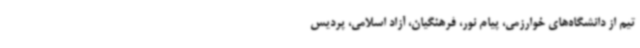
تیم از دانشگاه‌های خوارزمی، پیام نور، فرهنگیان، آزاد اسلامی، پردیس